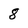
Character: 8